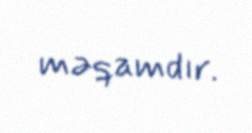
məqamdır.